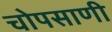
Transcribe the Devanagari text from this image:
चोपसाणी